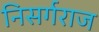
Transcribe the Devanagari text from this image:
निसर्गराज